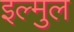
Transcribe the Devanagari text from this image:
इल्मुल